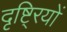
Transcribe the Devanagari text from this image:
दृष्टि्रयों